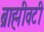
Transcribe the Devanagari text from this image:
ब्राह्मीवटी